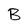
Character: B